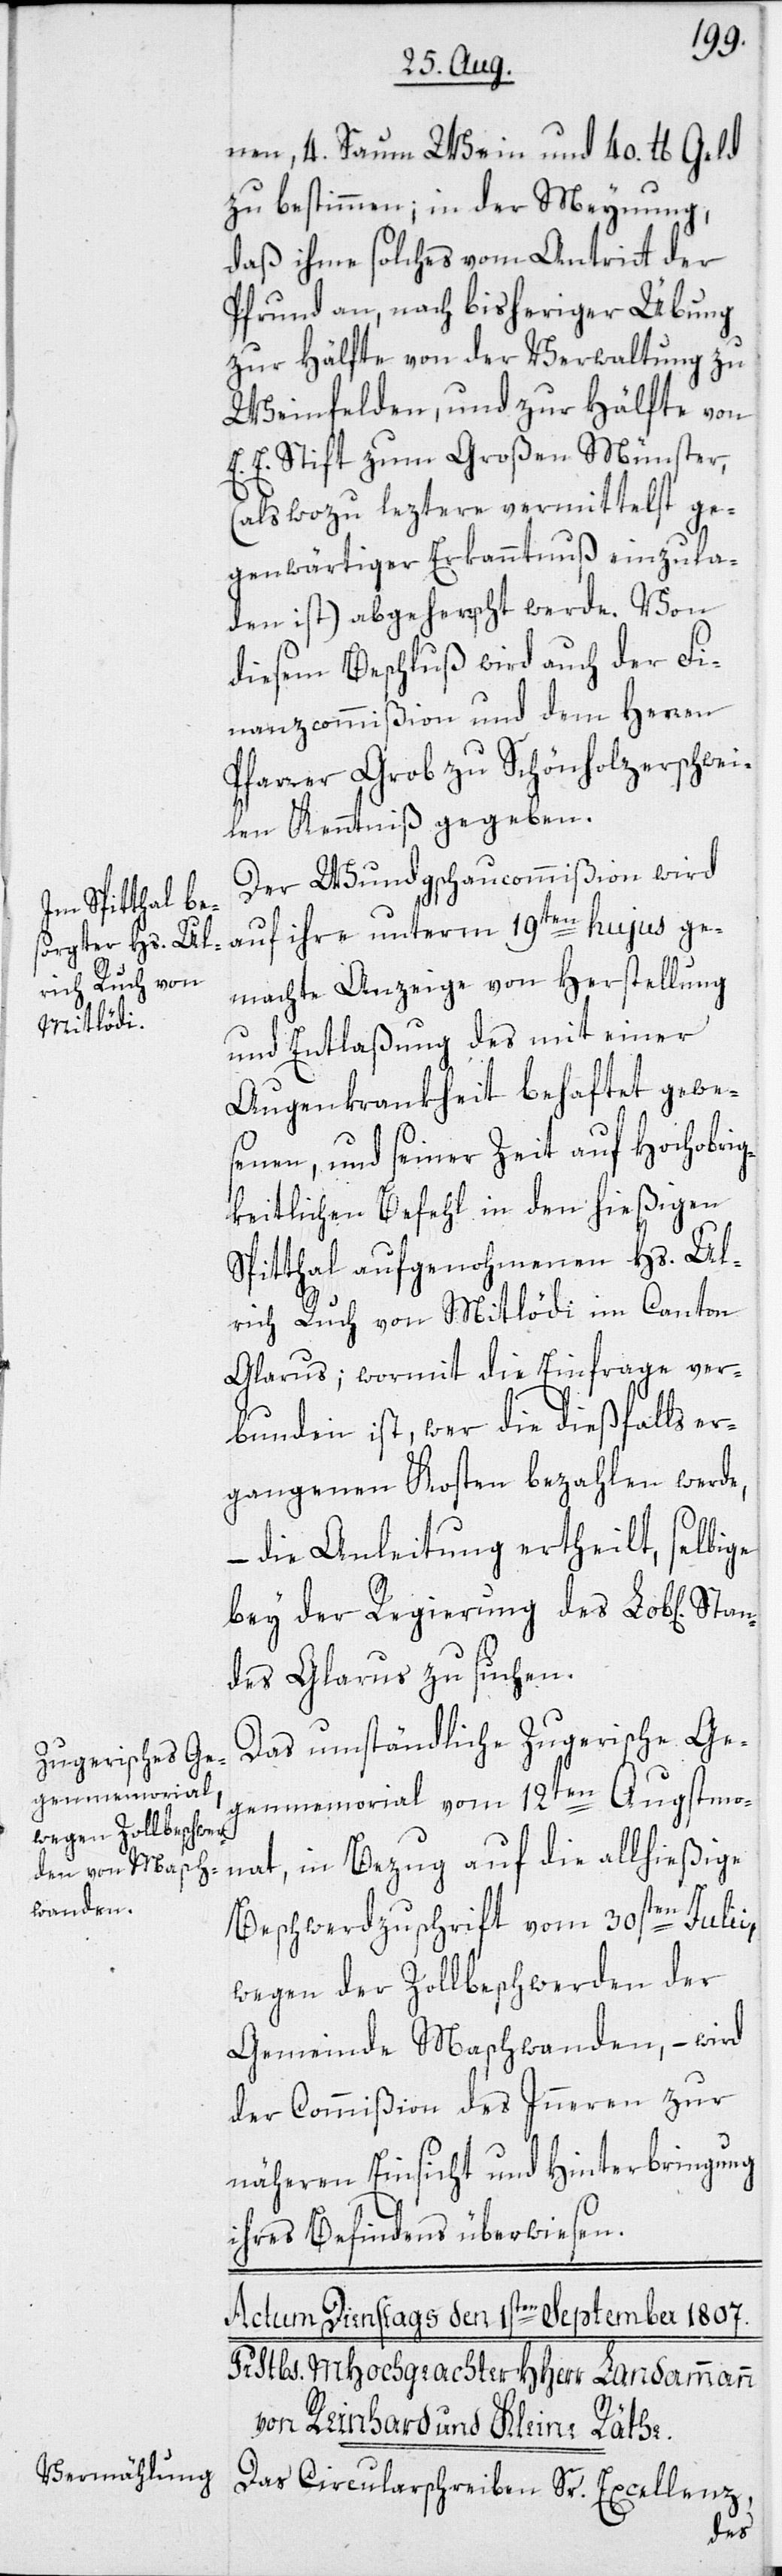
nen, 4. Saum Wein, und 40 lb. Geld
zu bestimmen, in der Meynung,
daß ihme solches vom Antritt der
Pfrund an, nach bisheriger Übung
zur Hälfte von der Verwaltung zu
Weinfelden, und zur Hälfte von
E. E. Stift zum Großen Münster,
(als wozu leztere vermittelst ge¬
genwärtiger Erkanntnuß einzula¬
den ist) abgeherrscht werde. Von
diesem Beschluß wird auch der Fi¬
nanzcommißion und dem Herren
Pfarrer Grob zu Schönholzerschwei¬
len Kenntniß gegeben.
Der Wundgschaucommißion wird
auf ihre unterm 19ten hujus ge¬
machte Anzeige von Herstellung
und Entlaßung des mit einer
Augenkrankheit behaftet gewe¬
senen, und seiner Zeit auf Hochobri¬
gkeitlichen Befehl in den hießigen
Spitthal aufgenohmenen Hs. Ul¬
rich Ruch von Mitlödi im Canton
Glarus; wormit die Einfrage ver¬
bunden ist, wer die dießfalls er¬
gangenen Kosten bezahlen werde,
– die Anleitung ertheilt, selbige
bey der Regierung des Lob[lichen]
des Glarus zu suchen.
Das umständliche Zugerische Ge¬
genmemorial vom 12ten Augstmo¬
nat, in Bezug auf die allhießige
Beschwerdzuschrift vom 30sten Julii,
wegen der Zollbeschwerden der
Gemeinde Maschwanden, – wird
der Commißion des Inneren zur
näheren Einsicht und Hinterbringung
ihres Befindens überwiesen.
Das Circularschreiben Sr. Excellenz,
Stan¬